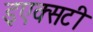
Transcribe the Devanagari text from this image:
इएक्सटी